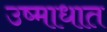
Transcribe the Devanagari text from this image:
उष्माधात